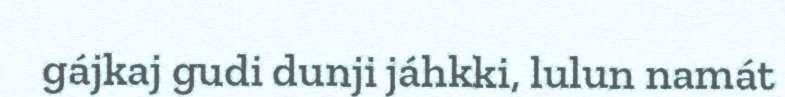
gájkaj gudi dunji jáhkki, lulun namát